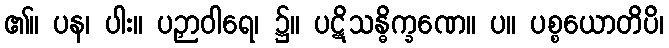
၏။ ပန၊ ပါး။ ပဉှာဝါရေ၊ ၌။ ပဋိသန္ဓိက္ခဏေ။ ပ။ ပစ္စယောတိပိ၊